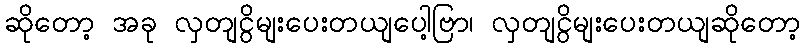
ဆိုတော့ အခု လှတျငွိမျးပေးတယျပေါ့ဗြာ၊ လှတျငွိမျးပေးတယျဆိုတော့